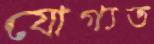
যোগ্যত